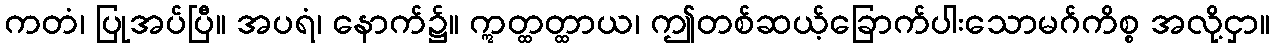
ကတံ၊ ပြုအပ်ပြီ။ အပရံ၊ နောက်၌။ ဣတ္ထတ္ထာယ၊ ဤတစ်ဆယ့်ခြောက်ပါးသောမဂ်ကိစ္စ အလို့ငှာ။